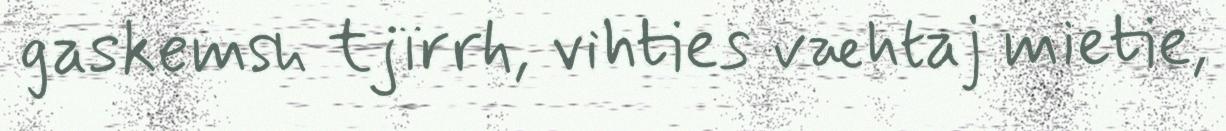
gaskemsh tjïrrh, vihties væhtaj mietie,